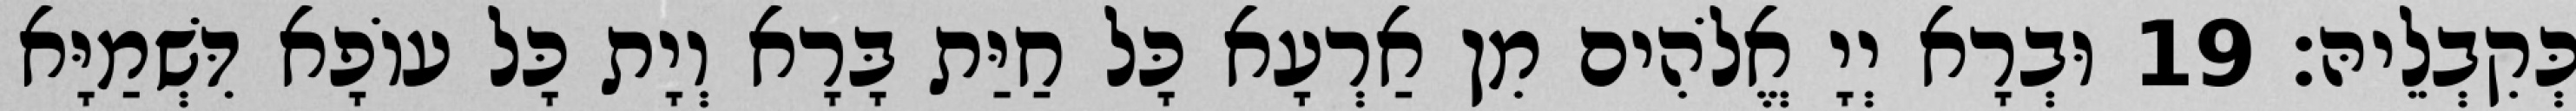
כְּקִבְלֵיהּ׃ 19 וּבְרָא יְיָ אֱלֹהִים מִן אַרְעָא כָּל חַיַּת בָּרָא וְיָת כָּל עוֹפָא דִּשְׁמַיָּא